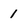
Character: 1